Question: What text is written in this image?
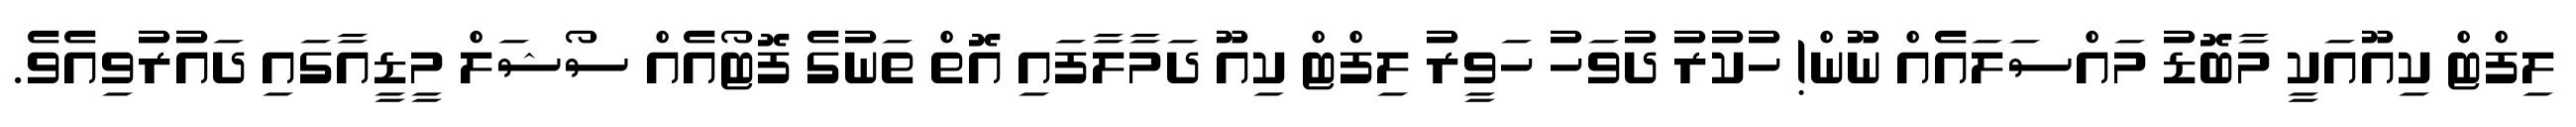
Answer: ލިފްޓް ކިއޫއަކީ މާބޮޑު މައްސަލައެއް ނޫން! ހުކުރު ދުވަހު ހަވީރު ލިފްޓް ކިއޫ ދަމާލާފައި އޮތް ތަނުގެ ފޮޓޯއެއް ސޯޝަލް މީޑީއާގައި ދައުރުވިއެވެ.